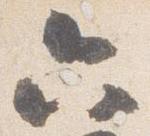
六